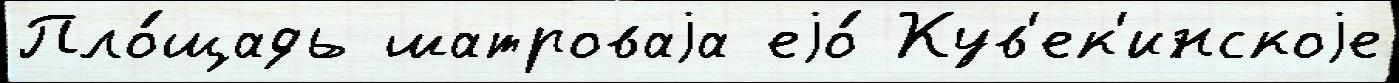
Пло́щадь шатроваjа еjо́ Кув'ек'инскоjе